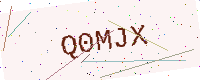
Text: Q0MJX